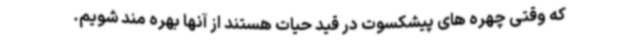
که وقتی چهره های پیشکسوت در قید حیات هستند از آنها بهره مند شویم.